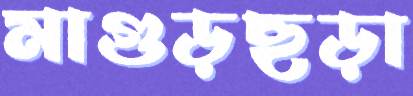
মাগুড়ছড়া